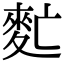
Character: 𪌁